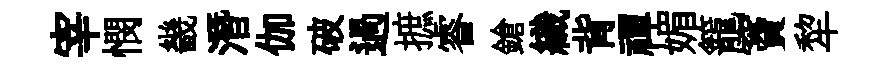
宰憫畿潛伽破過摭睿鎗織背禪媚籠竇犂